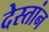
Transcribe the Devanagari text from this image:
देस्तांन